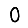
Digit: 0